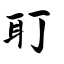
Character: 耵